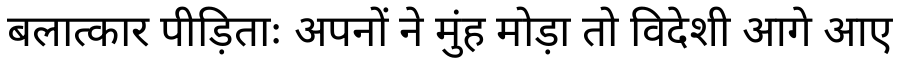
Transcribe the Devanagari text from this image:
बलात्कार पीड़िताः अपनों ने मुंह मोड़ा तो विदेशी आगे आए